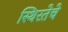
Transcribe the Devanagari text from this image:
स्थिरतेचे